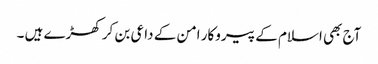
آج بھی اسلام کے پیروکار امن کے داعی بن کر کھڑے ہیں ۔